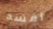
أفسد